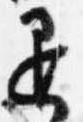
退